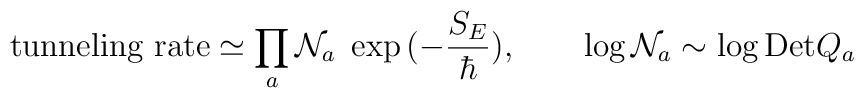
\hbox{tunneling rate} \simeq \prod_{a} {\cal N}_a \;\exp{(-\frac{S_E}{\hbar})}, \qquad \log {\cal N}_a \sim \log {\rm Det} Q_a